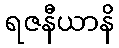
ရဇနီယာနိ